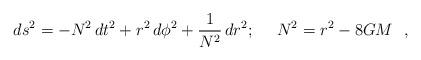
LaTeX: \begin{align*}ds^2 = - N^2 \, dt^2 + r^2 \, d\phi^2 + {1 \over N^2} \, dr^2;~~~~ N^2= r^2 - 8 GM\ \ ,\end{align*}